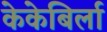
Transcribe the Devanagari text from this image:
केकेबिर्ला